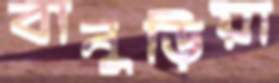
বানুড়িয়া